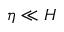
\eta \ll H